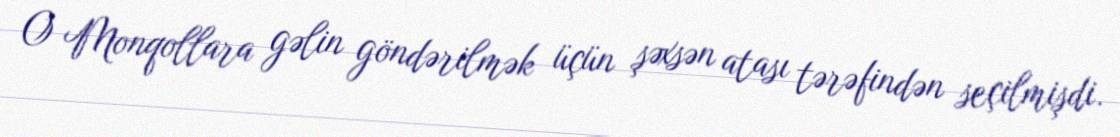
O Monqollara gəlin göndərilmək üçün şəxsən atası tərəfindən seçilmişdi.